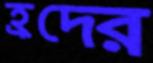
হ্রদের